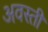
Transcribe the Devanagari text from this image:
अवस्ती